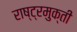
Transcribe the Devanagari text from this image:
राष्ट्रमुक्ती